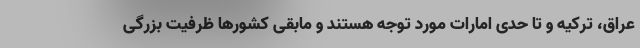
عراق، ترکیه و تا حدی امارات مورد توجه هستند و مابقی کشورها ظرفیت بزرگی